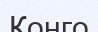
Конго